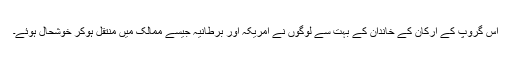
اس گروپ کے ارکان کے خاندان کے بہت سے لوگوں نے امریکہ اور برطانیہ جیسے ممالک میں منتقل ہوکر خوشحال ہوئے۔